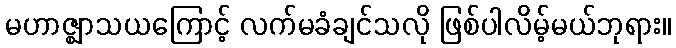
မဟာဇ္ဈာသယကြောင့် လက်မခံချင်သလို ဖြစ်ပါလိမ့်မယ်ဘုရား။